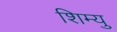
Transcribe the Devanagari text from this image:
शिम्यु